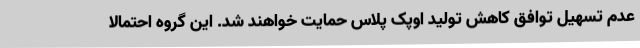
عدم تسهیل توافق کاهش تولید اوپک پلاس حمایت خواهند شد. این گروه احتمالا